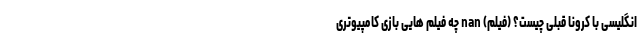
انگلیسی با کرونا قبلی چیست؟ (فیلم) nan چه فیلم هایی بازی کامپیوتری